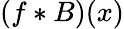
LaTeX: (f*B)(x)